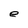
Character: e